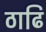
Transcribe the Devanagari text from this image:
ठाढि